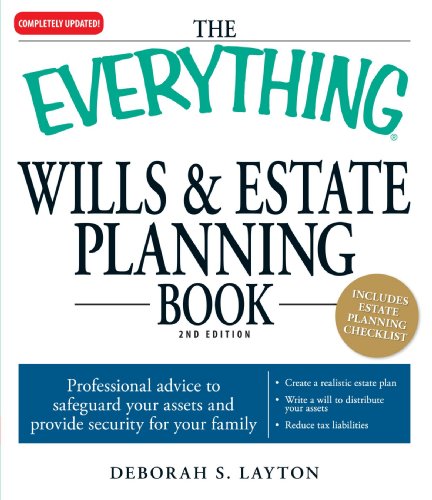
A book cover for The Everything Wills & Estate Planning Book: Professional advice to safeguard your assests and provide security for your family; Deborah S Layton; Law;